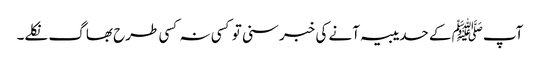
آپﷺ کے حدیبیہ آنے کی خبر سنی تو کسی نہ کسی طرح بھاگ نکلے۔